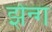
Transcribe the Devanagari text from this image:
झेन्ग